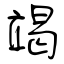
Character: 竭